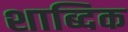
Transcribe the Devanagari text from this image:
शाब्दिक